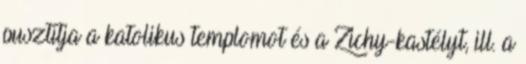
pusztítja a katolikus templomot és a Zichy-kastélyt, ill. a